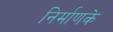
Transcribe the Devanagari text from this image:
निर्माणके